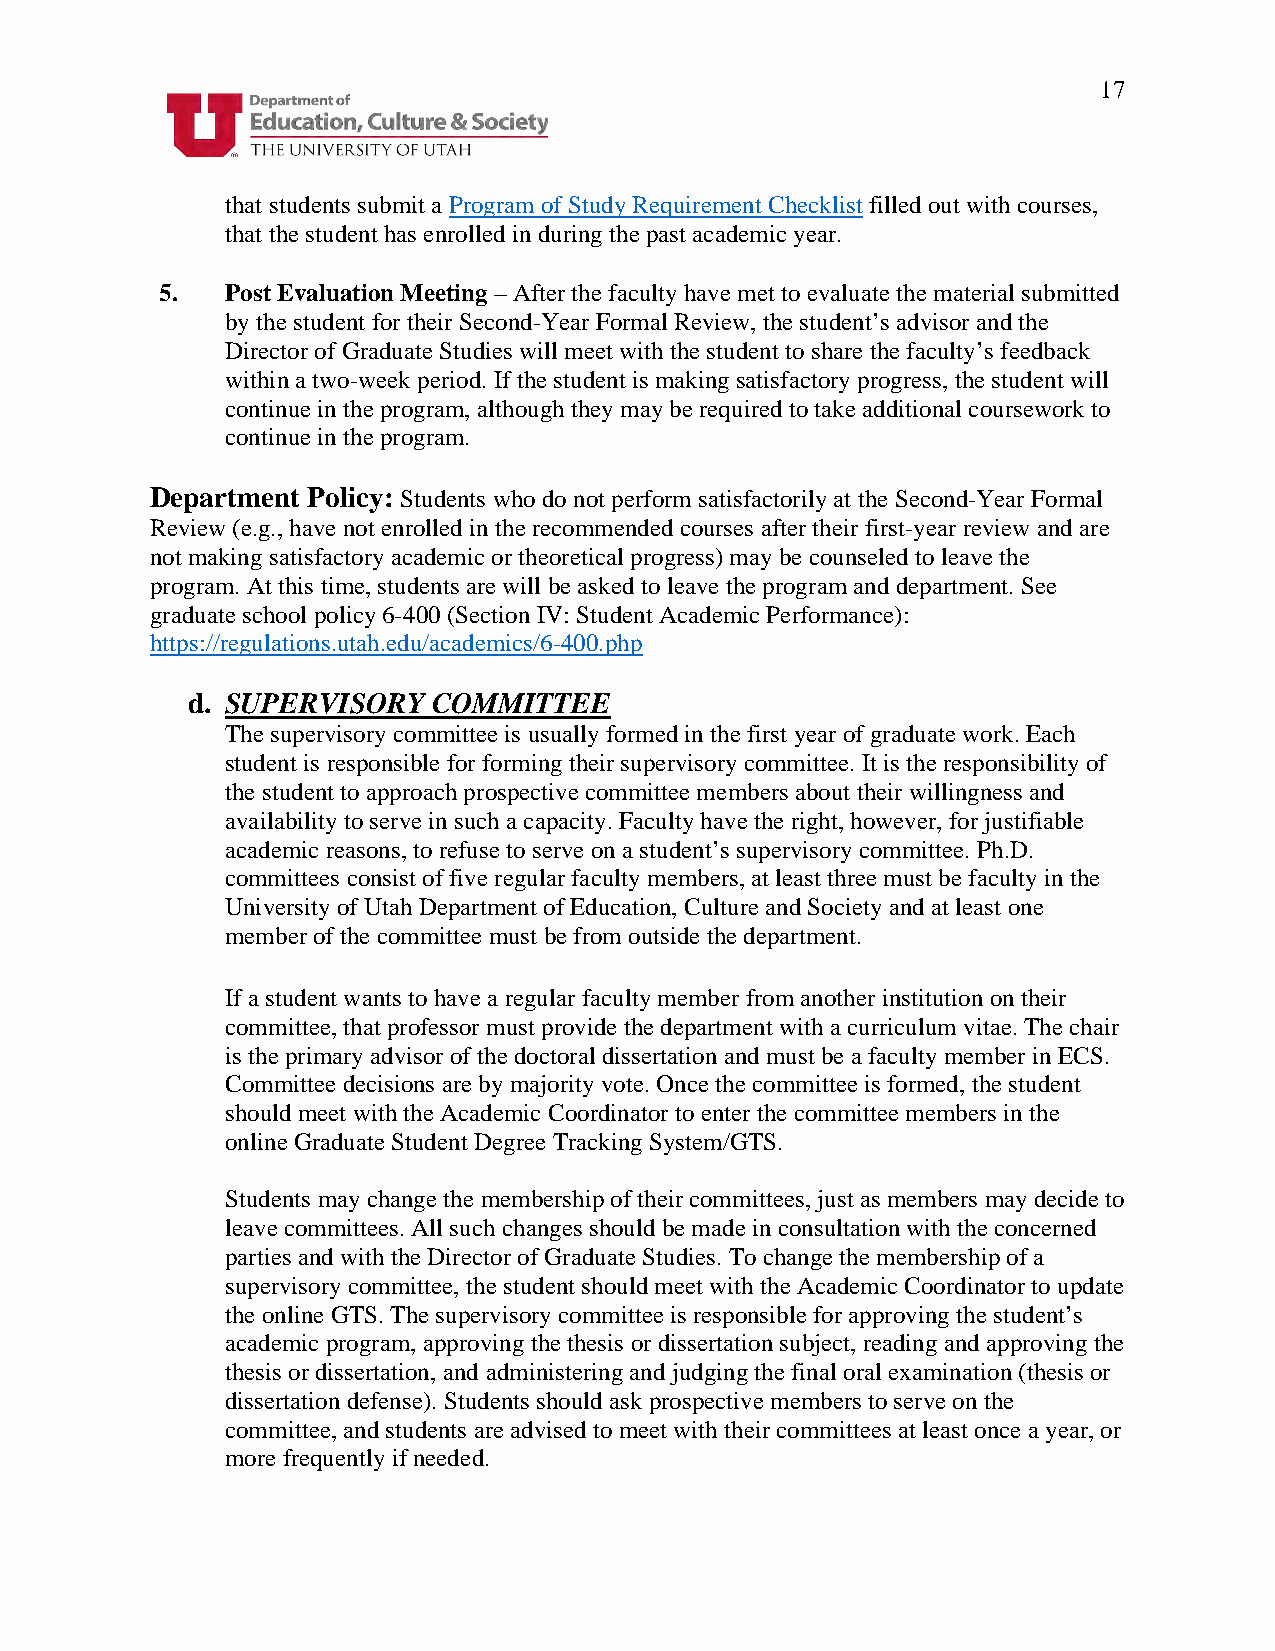
17
 that students submit a Program of Study Requirement Checklist filled out with courses,
 that the student has enrolled in during the past academic year.
 5.  Post Evaluation Meeting – After the faculty have met to evaluate the material submitted
 by the student for their Second-Year Formal Review, the student’s advisor and the
 Director of Graduate Studies will meet with the student to share the faculty’s feedback
 within a two-week period. If the student is making satisfactory progress, the student will
 continue in the program, although they may be required to take additional coursework to
 continue in the program.
 Department Policy: Students who do not perform satisfactorily at the Second-Year Formal
 Review (e.g., have not enrolled in the recommended courses after their first-year review and are
 not making satisfactory academic or theoretical progress) may be counseled to leave the
 program. At this time, students are will be asked to leave the program and department. See
 graduate school policy 6-400 (Section IV: Student Academic Performance):
 https://regulations.utah.edu/academics/6-400.php
 d. SUPERVISORY   COMMITTEE
 The supervisory committee is usually formed in the first year of graduate work. Each
 student is responsible for forming their supervisory committee. It is the responsibility of
 the student to approach prospective committee members about their willingness and
 availability to serve in such a capacity. Faculty have the right, however, for justifiable
 academic reasons, to refuse to serve on a student’s supervisory committee. Ph.D.
 committees consist of five regular faculty members, at least three must be faculty in the
 University of Utah Department of Education, Culture and Society and at least one
 member of the committee must be from outside the department.
 If a student wants to have a regular faculty member from another institution on their
 committee, that professor must provide the department with a curriculum vitae. The chair
 is the primary advisor of the doctoral dissertation and must be a faculty member in ECS.
 Committee decisions are by majority vote. Once the committee is formed, the student
 should meet with the Academic Coordinator to enter the committee members in the
 online Graduate Student Degree Tracking System/GTS.
 Students may change the membership of their committees, just as members may decide to
 leave committees. All such changes should be made in consultation with the concerned
 parties and with the Director of Graduate Studies. To change the membership of a
 supervisory committee, the student should meet with the Academic Coordinator to update
 the online GTS. The supervisory committee is responsible for approving the student’s
 academic program, approving the thesis or dissertation subject, reading and approving the
 thesis or dissertation, and administering and judging the final oral examination (thesis or
 dissertation defense). Students should ask prospective members to serve on the
 committee, and students are advised to meet with their committees at least once a year, or
 more frequently if needed.